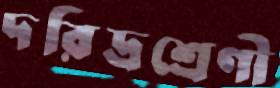
দরিদ্রশ্রেণী